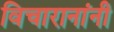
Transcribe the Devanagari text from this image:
विचारानांनी